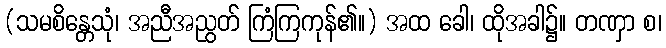
(သမစိန္တေသုံ၊ အညီအညွတ် ကြံကြကုန်၏။) အထ ခေါ၊ ထိုအခါ၌။ တဏှာ စ၊